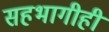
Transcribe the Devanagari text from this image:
सहभागीही